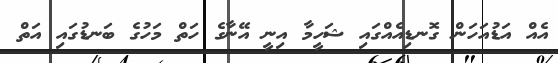
އެއް އަޑުއަހަން ގޮނޑިއެއްގައި ޝަހީމާ އިނީ އޭނާގެ ހަތް މަހުގެ ބަނޑުގައި އަތް